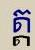
ត្ត